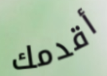
أقدمك